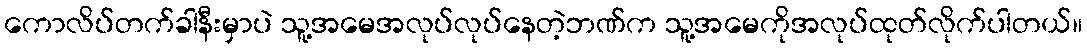
ကောလိပ်တက်ခါနီးမှာပဲ သူ့အမေအလုပ်လုပ်နေတဲ့ဘဏ်က သူ့အမေကိုအလုပ်ထုတ်လိုက်ပါတယ်။